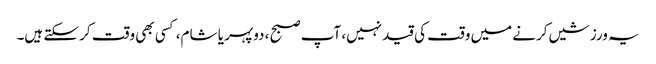
یہ ورزشیں کرنے میں وقت کی قید نہیں، آپ صبح ، دوپہر یا شام، کسی بھی وقت کر سکتے ہیں۔